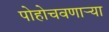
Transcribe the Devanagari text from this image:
पोहोचवणार्‍या